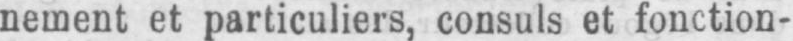
nement et particuliers, consuls et fonction-